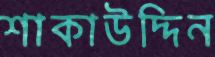
শাকাউদ্দিন